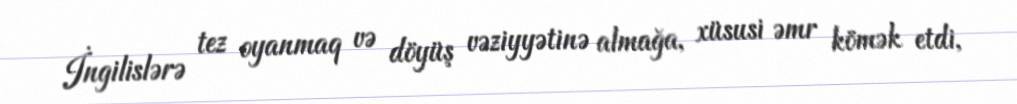
İngilislərə tez oyanmaq və döyüş vəziyyətinə almağa, xüsusi əmr kömək etdi,